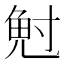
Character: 𭔷